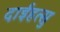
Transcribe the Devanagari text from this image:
दाईहत्सु